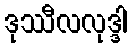
ဒုဿီလလုဒ္ဒါ